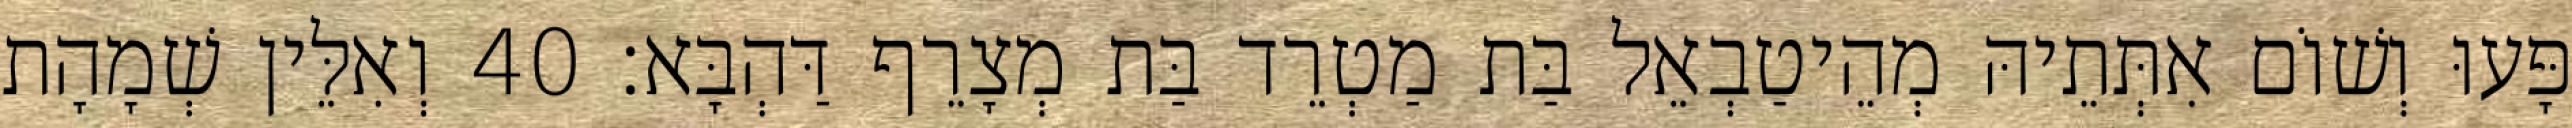
פָּעוּ וְשׁוֹם אִתְּתֵיהּ מְהֵיטַבְאֵל בַּת מַטְרֵד בַּת מְצָרֵף דַּהְבָּא׃ 40 וְאִלֵּין שְׁמָהָת